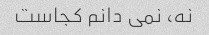
نه، نمی دانم کجاست